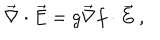
\vec { \nabla } \cdot \vec { E } = g \vec { \nabla } f \cdot \vec { E } \ ,